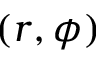
( r , \phi )